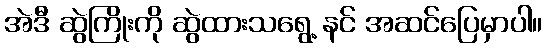
အဲဒီ ဆွဲကြိုးကို ဆွဲထားသရွေ့ နင် အဆင်ပြေမှာပါ။